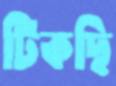
টিকছি